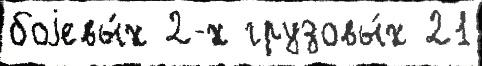
боjевы́х 2-х грузовы́х 21